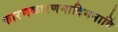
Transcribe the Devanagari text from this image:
कारणकारणमादिमनादिं